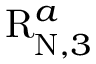
\mathrm { R } _ { \mathrm { N } , 3 } ^ { a }